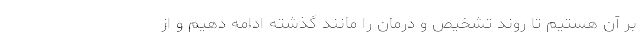
بر آن هستیم تا روند تشخیص و درمان را مانند گذشته ادامه دهیم و از